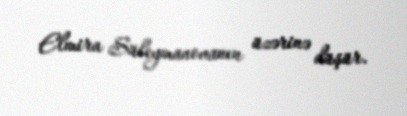
Elmira Süleymanovanın üzərinə düşür.